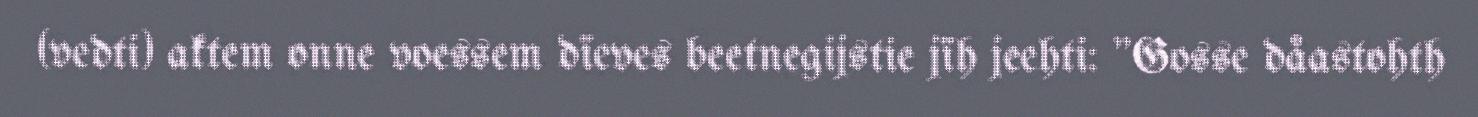
(vedti) aktem onne voessem dïeves beetnegijstie jïh jeehti: "Gosse dåastohth